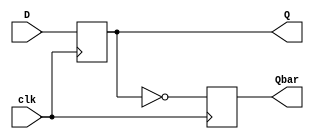
`timescale 1ns / 1ps
//////////////////////////////////////////////////////////////////////////////////
// Company: 
// Engineer: 
// 
// Design Name: 
// Module Name: D_FF
// Project Name: 
// Target Devices: 
// Tool Versions: 
// Description: 
// 
// Dependencies: 
// 
// Revision:
// Revision 0.01 - File Created
// Additional Comments:
// 
//////////////////////////////////////////////////////////////////////////////////


module D_FF(
    input clk,
    input D,
    output reg Q,
    output reg Qbar
    );
    
    always@(posedge clk)
    begin
    Q<=D;
    Qbar<=!Q;
    end
    
endmodule